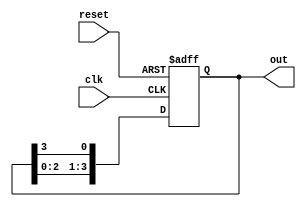
module ring_counter (
    input wire clk,        // Clock signal
    input wire reset,      // Asynchronous reset signal
    output reg [3:0] out   // 4-bit output
);

// State encoding
parameter STATE_0 = 4'b0001; // State 0
parameter STATE_1 = 4'b0010; // State 1
parameter STATE_2 = 4'b0100; // State 2
parameter STATE_3 = 4'b1000; // State 3

// Current state register
reg [3:0] state;

// Sequential logic for state transition
always @(posedge clk or posedge reset) begin
    if (reset) begin
        state <= STATE_0; // Reset to State 0
    end else begin
        // Ring counter logic: shift left and wrap around
        state <= {state[2:0], state[3]}; // Shift left and wrap the last bit
    end
end

// Combinational logic for output
always @(*) begin
    out = state; // Output is directly tied to the current state
end

endmodule